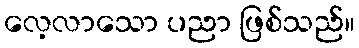
လေ့လာသော ပညာ ဖြစ်သည်။